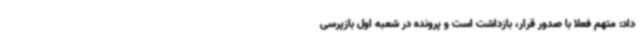
داد: متهم فعلاً با صدور قرار، بازداشت است و پرونده در شعبه اول بازپرسی